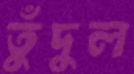
তুঁদুল